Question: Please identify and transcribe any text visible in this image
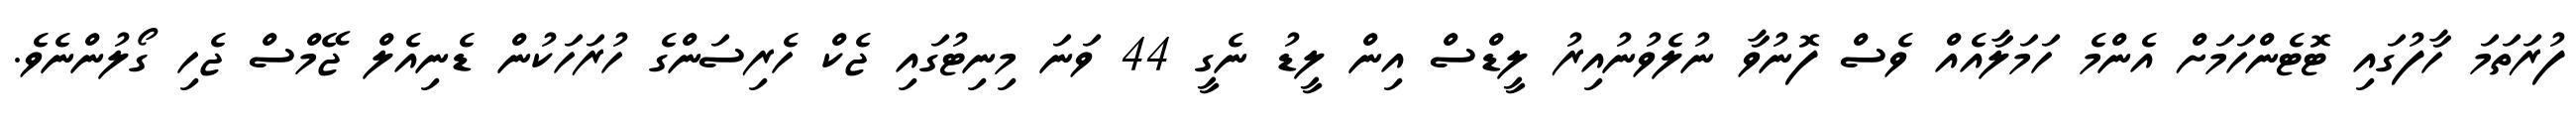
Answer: ފުރަތަމަ ހާފުގައި ޓޮޓެންހަމަށް އެންމެ ހަމަލާއެއް ވެސް ފޮނުވާ ނުލެވުނުއިރު ލީޑްސް އިން ލީޑު ނެގީ 44 ވަނަ މިނިޓުގައި ޖެކް ހެރިސަންގެ ހުރަހަކުން ޑެނިއެލް ޖޭމްސް ޖެހި ގޯލުންނެވެ.